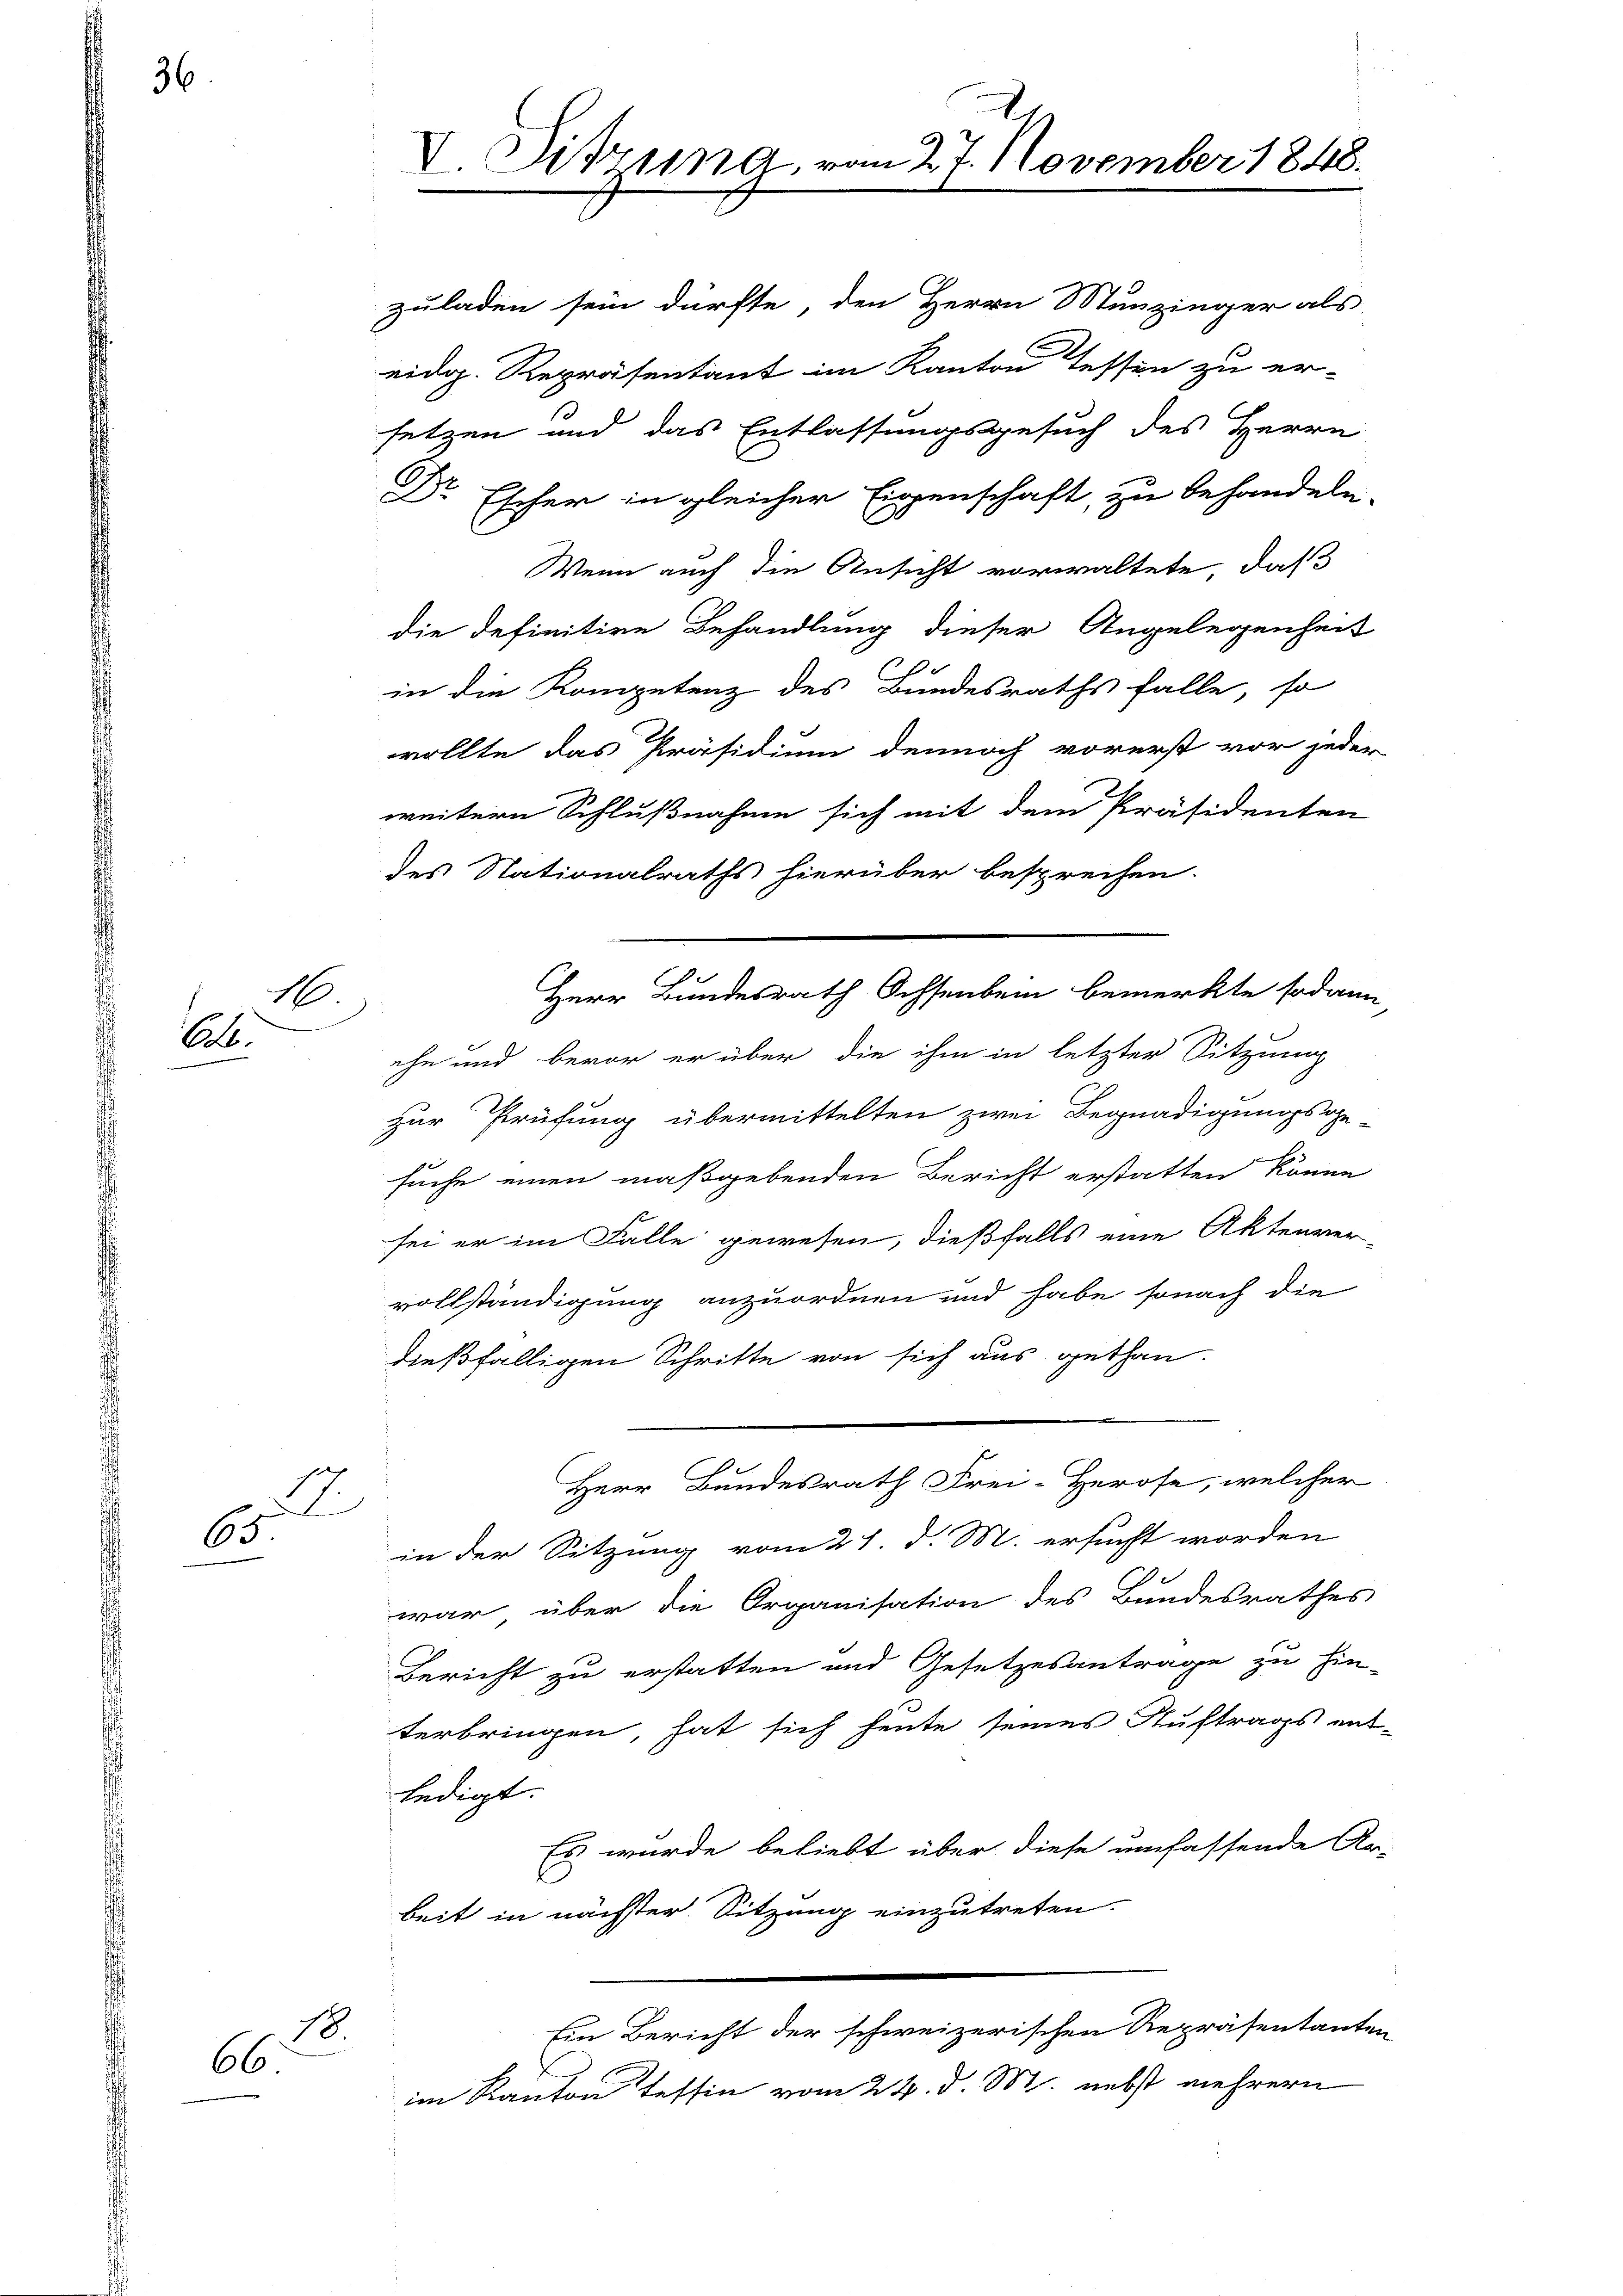
36

1
Ab

2
65

18.
66.

d

V. Sitzung, vom 27. November 1848.

zuladen sein dürfte, den Herrn Stunzinger als
eidg. Repräsentant im Kanton Tessen zu er-
setzen und das Entlassungsgesuch des Herrn
Dr Escher in gleicher Eigenschaft, zu behandeln.
Wenn auch die Ansicht vorwaltete, daß
die definitive Behandlung dieser Angelegenheit
in die Kompetenz des Bundesraths falle, so
wollte das Präsidium dennoch vorerst vor jeder
weitern Schlußnahme sich mit dem Präsidenten
des Nationalraths hierüber besprechen.
.
Herr Bundesrath Ochsenbein bemerkte sodann
ehn und bevor er über die ihm in letzter Sitzung
zur Prüfung übermittelten zwei Begnadigungsge
suche einen maßgebenden Bericht erstatten könne
sei er im Falle gewesen, dießfalls eine Aktenver-
vollständigung anzuordnen und habe sonach die
dießfälligen Schritte von sich aus gethan.
Herr Bundesrath Frei-Herose, welcher
in der Sitzung vom 21. d. M. ersucht worden
war über die Organisation des Bundesrathes
Bericht zu erstatten und Gesetzesantrage zu hin-
terbringen, hat sich heute seines Auftrags ent-
ledigt.
Es wurde beliebt über diese umfassende Re-
beit in nächster Sitzung einzutreten.
Ein Bericht der schweizerischen Repräsentanten
im Kanton Tessin vom 24. d. M. nebst mehrern